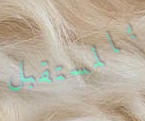
بالمستقبل